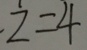
z = 4